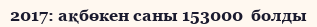
2017: ақбөкен саны 153000  болды